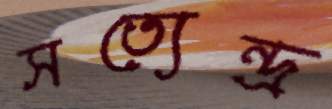
সত্যেন্দ্র